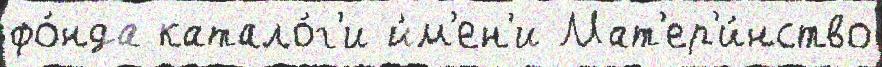
фо́нда катало́г'и и́м'ен'и Мат'ер'и́нство